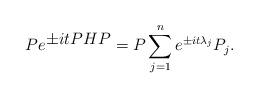
LaTeX: \begin{align*}P e^{\textstyle \pm itPHP} = P \sum_{j=1}^{n} e^{\pm it {\lambda}_{j} }P_{j}.\end{align*}